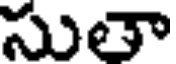
సుతా